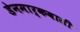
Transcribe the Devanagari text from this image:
डेनमार्कवासी